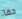
حقآ